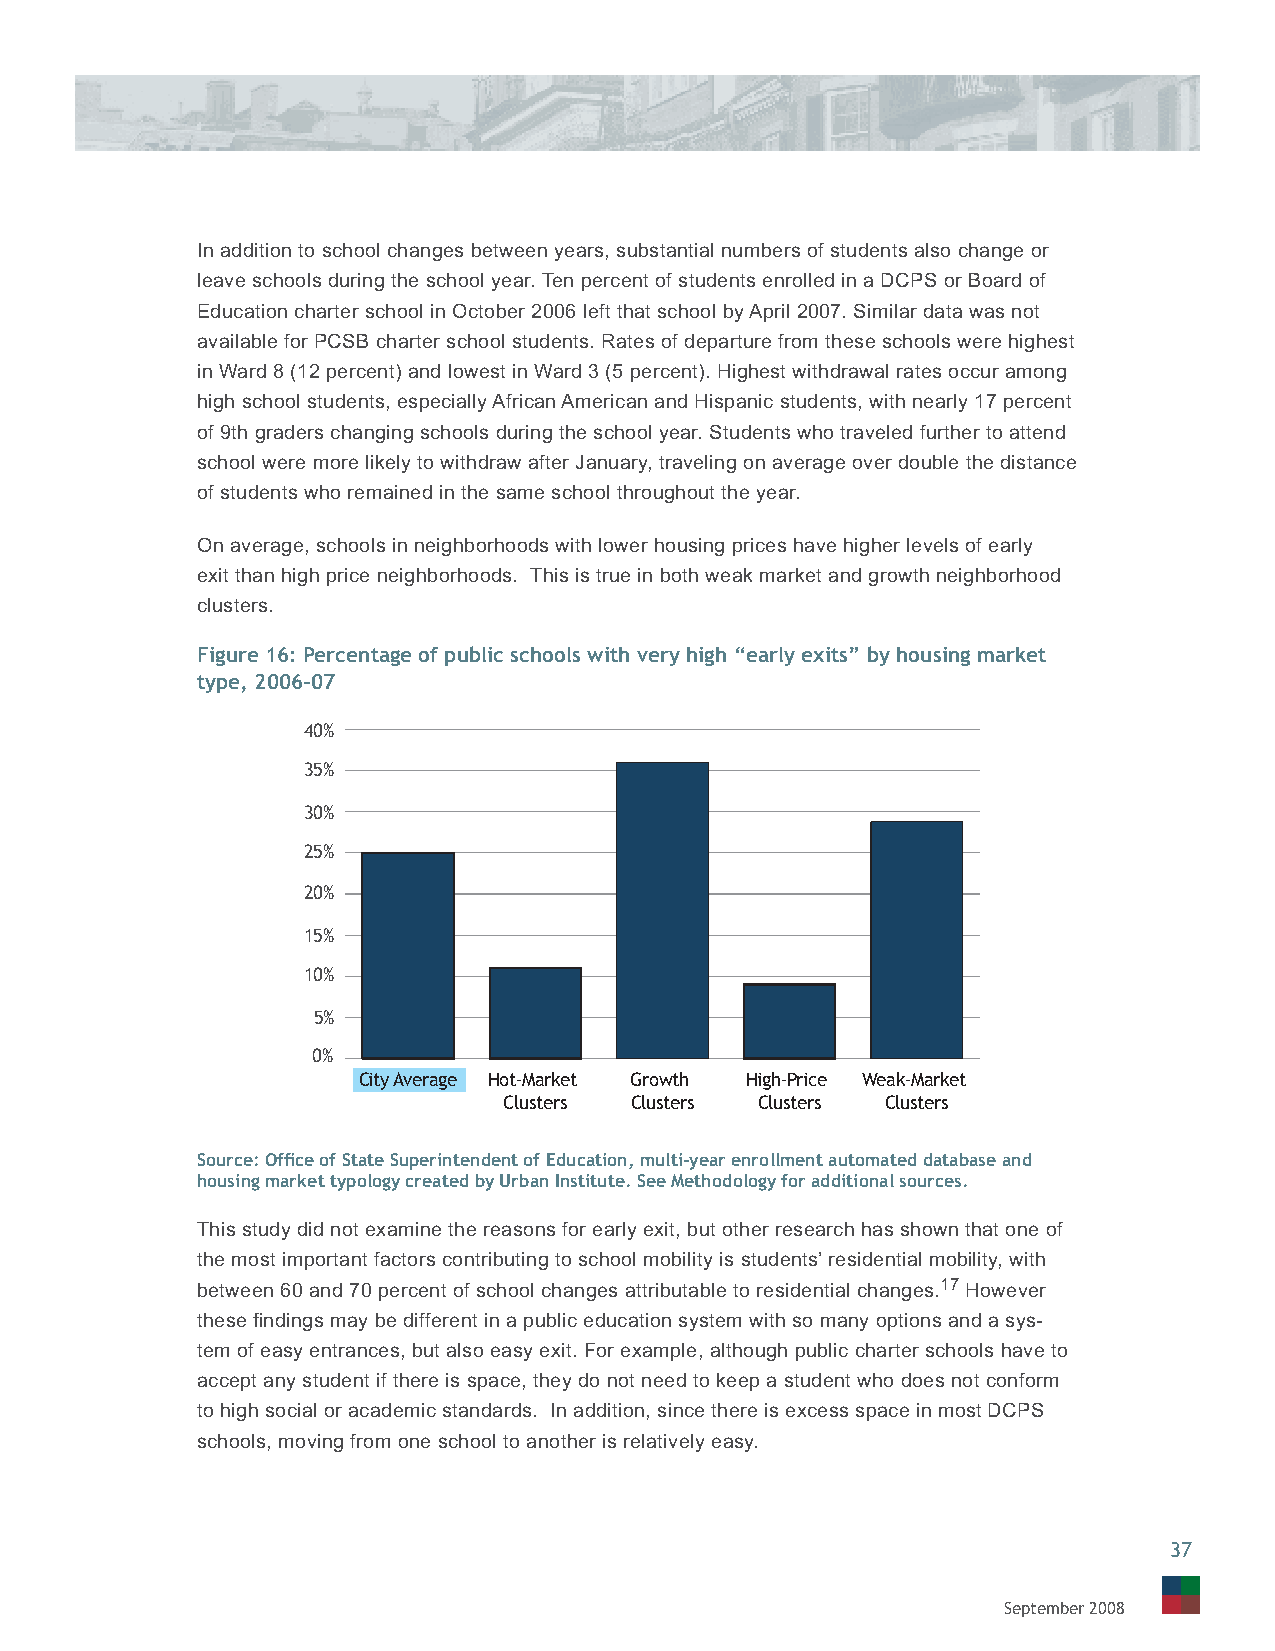
In addition to school changes between years, substantial numbers of students also change or
 leave schools during the school year. Ten percent of students enrolled in a DCPS or Board of
 Education charter school in October 2006 left that school by April 2007. Similar data was not
 available for PCSB charter school students. Rates of departure from these schools were highest
 in Ward 8 (12 percent) and lowest in Ward 3 (5 percent). Highest withdrawal rates occur among
 high school students, especially African American and Hispanic students, with nearly 17 percent
 of 9th graders changing schools during the school year. Students who traveled further to attend
 school were more likely to withdraw after January, traveling on average over double the distance
 of students who remained in the same school throughout the year.
 On average, schools in neighborhoods with lower housing prices have higher levels of early
 exit than high price neighborhoods. This is true in both weak market and growth neighborhood
 clusters.
 Figure 16: Percentage of public schools with very high “early exits” by housing market
 type, 2006–07
 40%
 35%
 30%
 25%
 20%
 15%
 10%
 5%
 0%
 City Average Hot-Market Growth High-Price Weak-Market
 Clusters Clusters Clusters Clusters
 Source: Offi ce of State Superintendent of Education, multi-year enrollment automated database and
 housing market typology created by Urban Institute. See Methodology for additional sources.
 This study did not examine the reasons for early exit, but other research has shown that one of
 the most important factors contributing to school mobility is students’ residential mobility, with
 between 60 and 70 percent of school changes attributable to residential changes.17 However
 these fi ndings may be different in a public education system with so many options and a sys-
 tem of easy entrances, but also easy exit. For example, although public charter schools have to
 accept any student if there is space, they do not need to keep a student who does not conform
 to high social or academic standards. In addition, since there is excess space in most DCPS
 schools, moving from one school to another is relatively easy.
 37
 September 2008